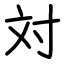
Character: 対